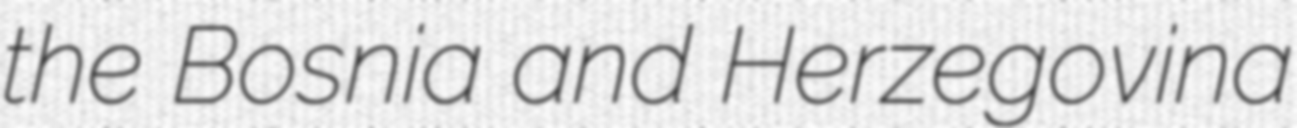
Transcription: the Bosnia and Herzegovina